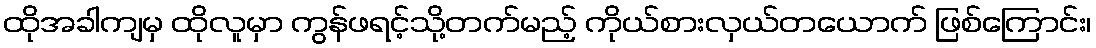
ထိုအခါကျမှ ထိုလူမှာ ကွန်ဖရင့်သို့တက်မည့် ကိုယ်စားလှယ်တယောက် ဖြစ်ကြောင်း၊